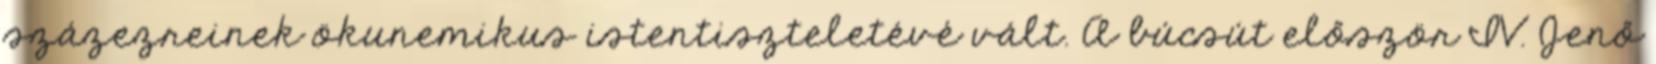
százezreinek ökunemikus istentiszteletévé vált. A búcsút először IV. Jenő